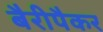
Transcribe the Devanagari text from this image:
बैरीपैकर